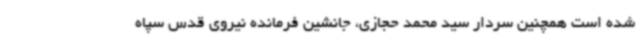
شده است همچنین سردار سید محمد حجازی، جانشین فرمانده نیروی قدس سپاه